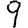
Digit: 9